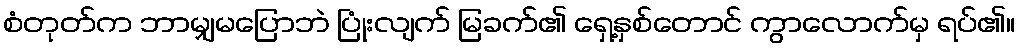
စံတုတ်က ဘာမျှမပြောဘဲ ပြုံးလျက် မြခက်၏ ရှေ့နှစ်တောင် ကွာလောက်မှ ရပ်၏။